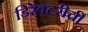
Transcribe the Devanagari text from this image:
डिरेक्टरीची